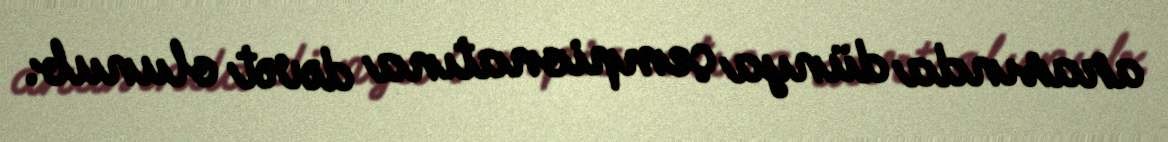
arasında dünya çempionatına dəvət olunub.